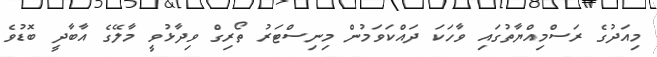
މިއަދުގެ ރަސްމިއްޔާތުގައި ވާހަކަ ދައްކަވަމުން މިނިސްޓަރު ތޯރިގް ވިދާޅުވީ މާލޭގެ އާބާދީ ބޮޑުވެ